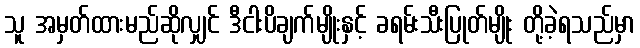
သူ အမှတ်ထားမည်ဆိုလျှင် ဒီငါးပိချက်မျိုးနှင့် ခရမ်းသီးပြုတ်မျိုး တို့ခဲ့ရသည်မှာ